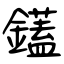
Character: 鑉